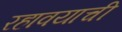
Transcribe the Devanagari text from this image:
रहावयाची